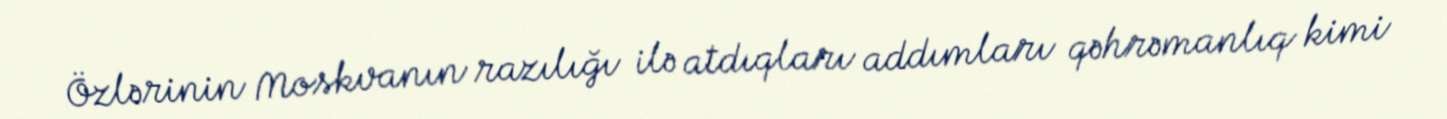
Özlərinin Moskvanın razılığı ilə atdıqları addımları qəhrəmanlıq kimi